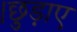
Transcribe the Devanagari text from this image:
।छुड़ाए